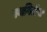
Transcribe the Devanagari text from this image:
स्थगितीस